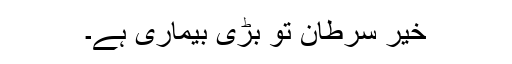
خیر سرطان تو بڑی بیماری ہے۔